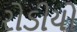
રોડીયો